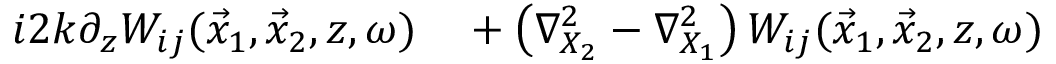
\begin{array} { r l } { i 2 k \partial _ { z } W _ { i j } ( \vec { x } _ { 1 } , \vec { x } _ { 2 } , z , \omega ) } & { { } + \left( \nabla _ { X _ { 2 } } ^ { 2 } - \nabla _ { X _ { 1 } } ^ { 2 } \right) W _ { i j } ( \vec { x } _ { 1 } , \vec { x } _ { 2 } , z , \omega ) } \end{array}